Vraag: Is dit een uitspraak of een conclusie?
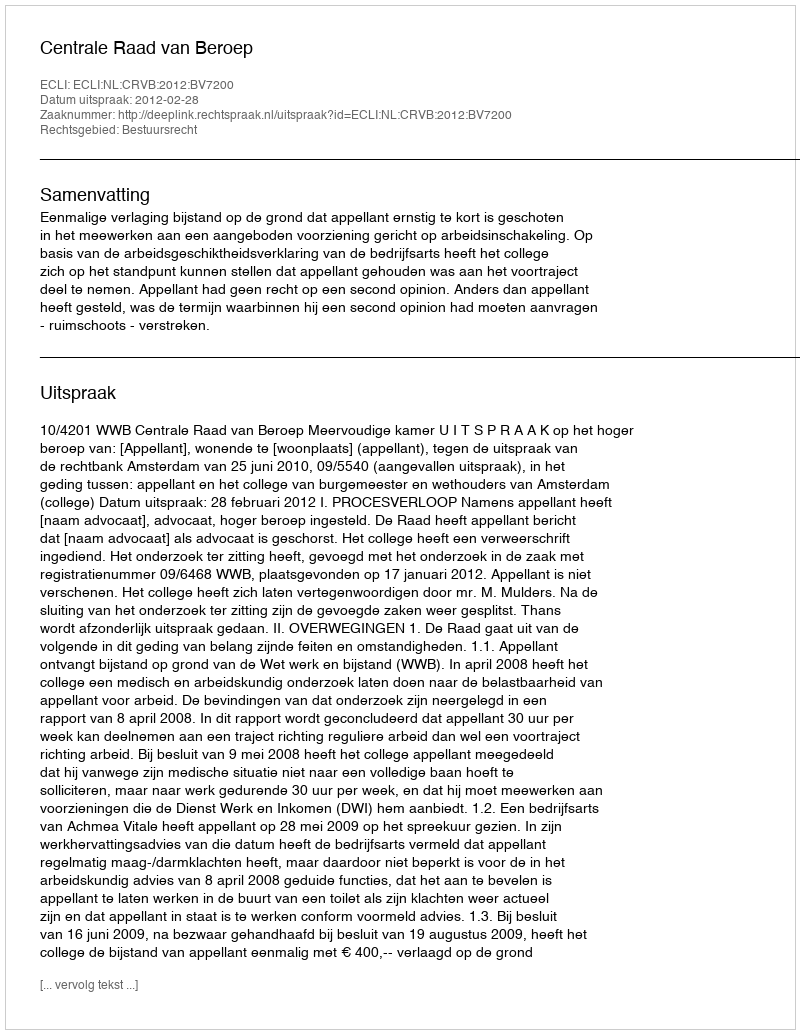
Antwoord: Uitspraak